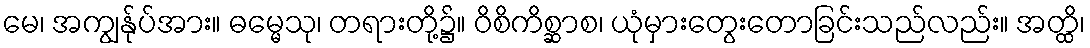
မေ၊ အကျွန်ုပ်အား။ ဓမ္မေသု၊ တရားတို့၌။ ဝိစိကိစ္ဆာစ၊ ယုံမှားတွေးတောခြင်းသည်လည်း။ အတ္ထိ၊